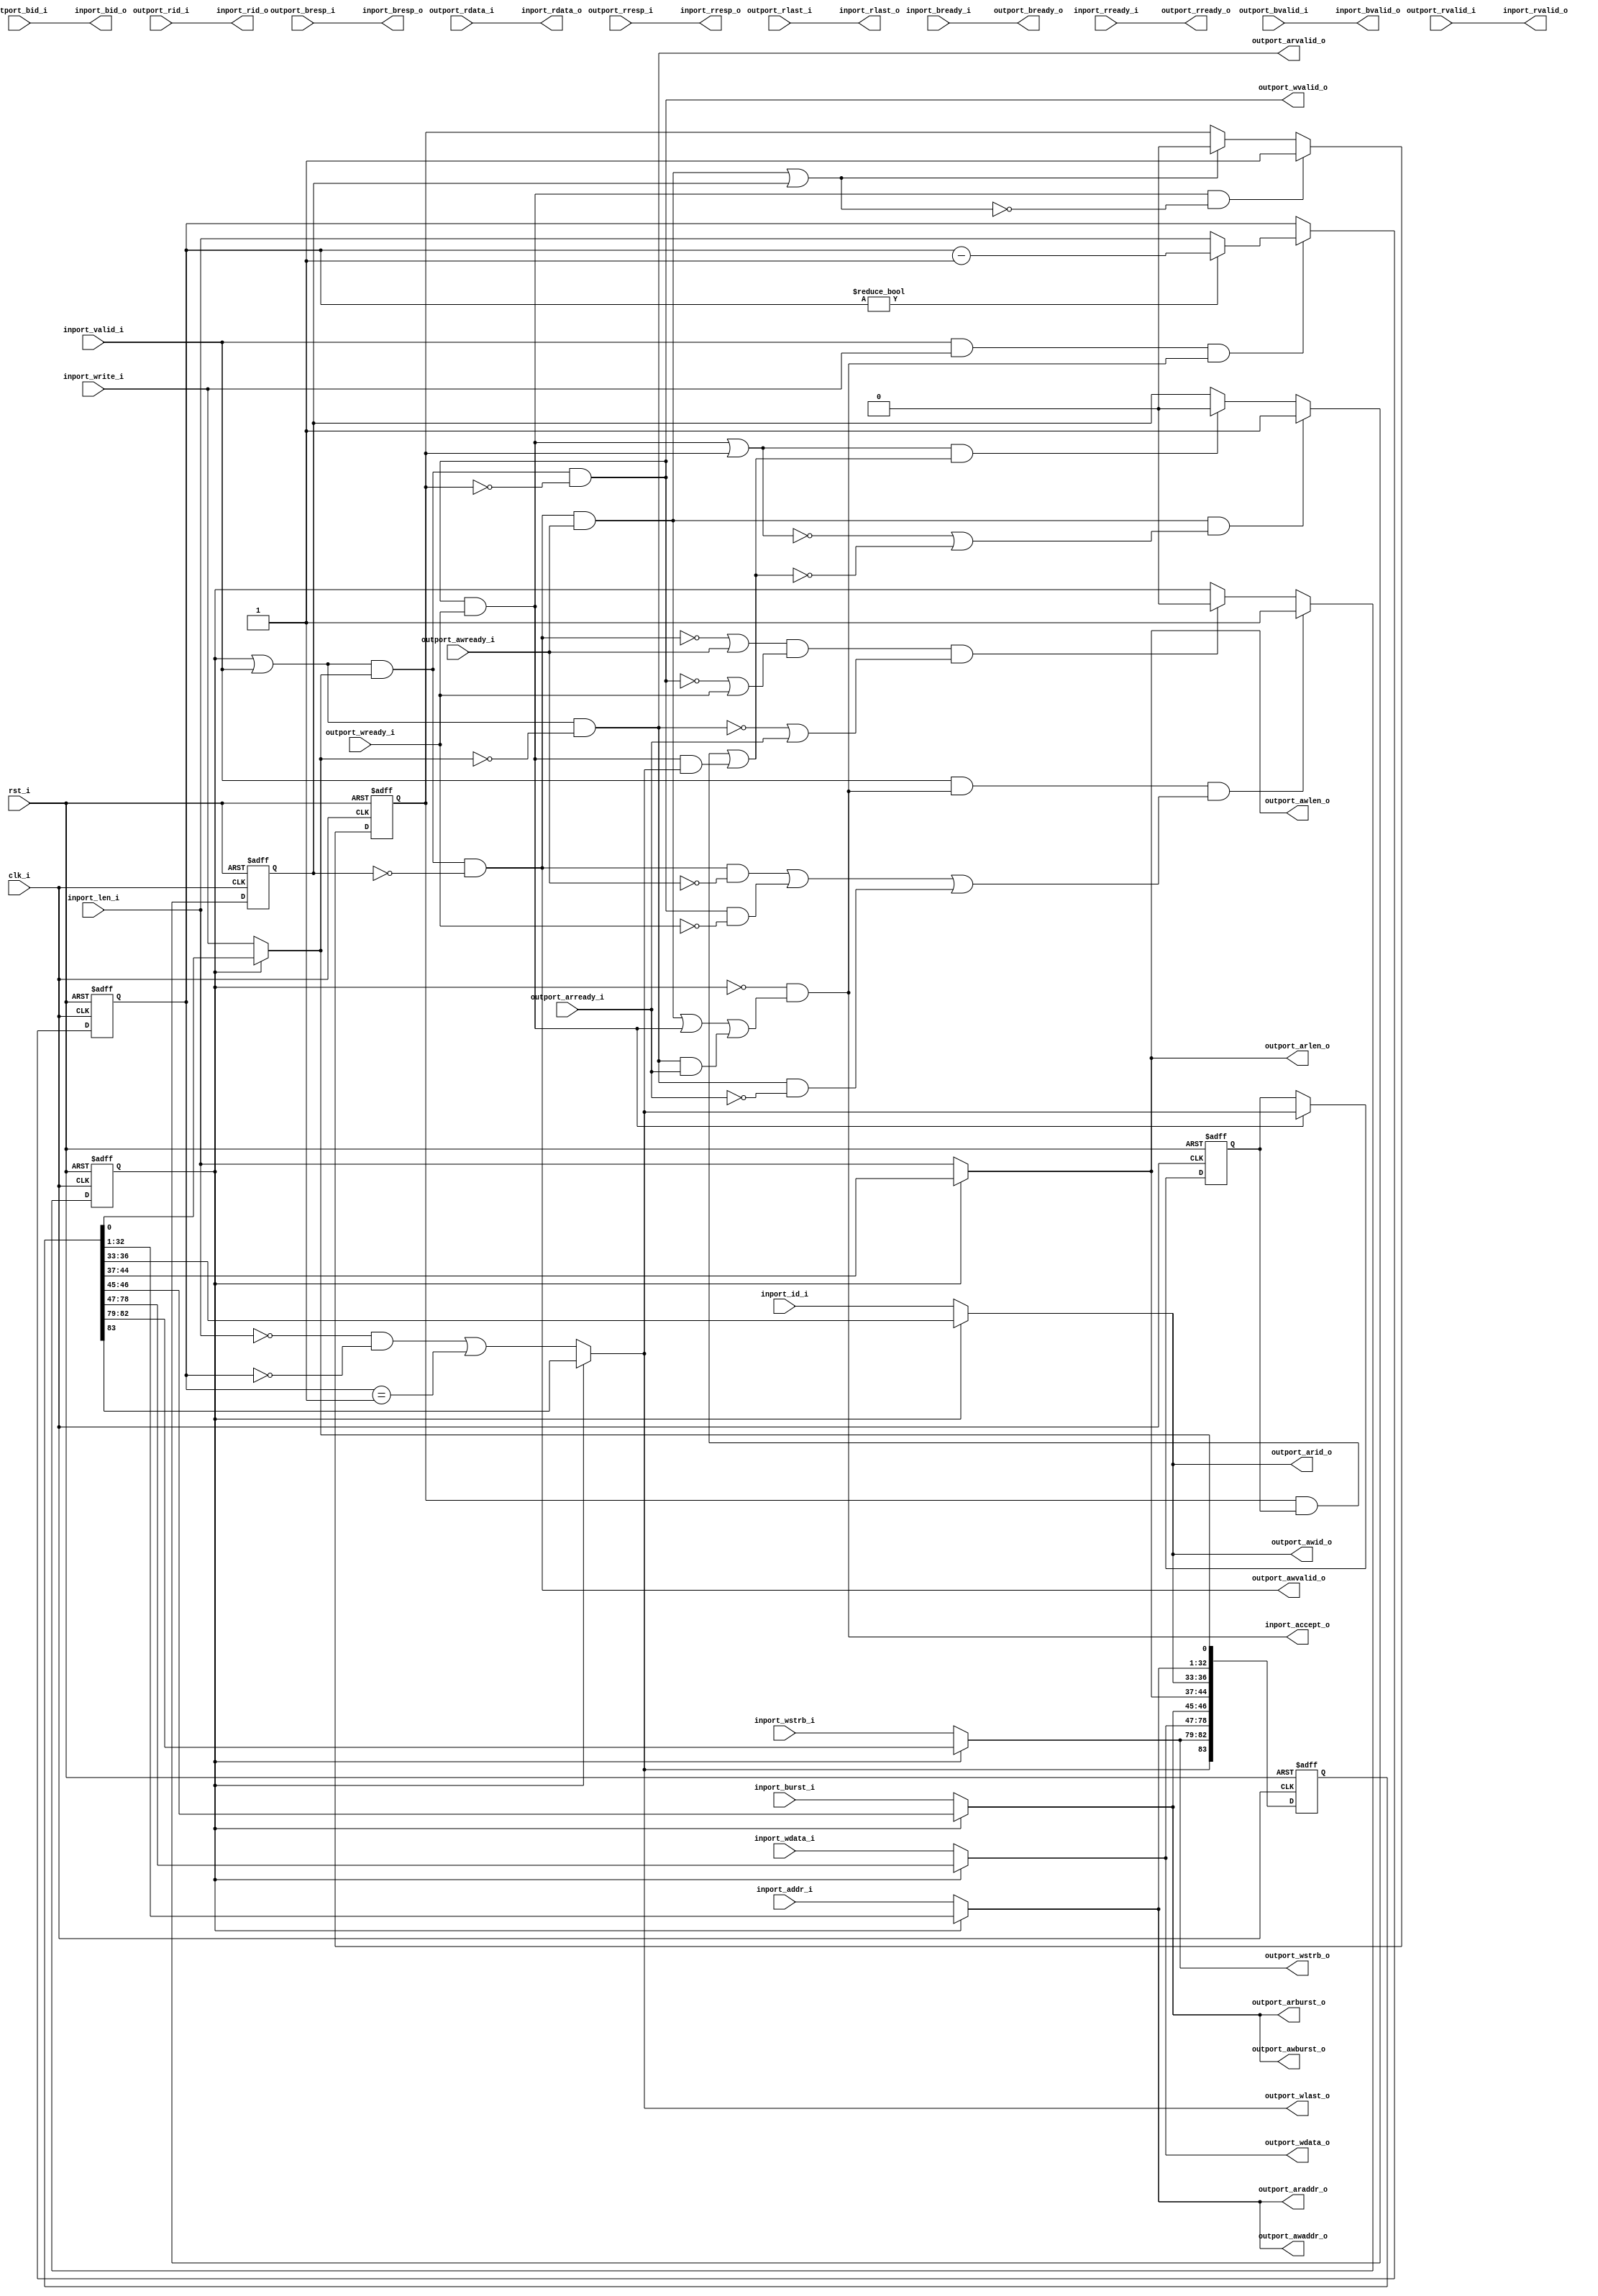
//-----------------------------------------------------------------
//                         RISC-V Top
//                            V0.6
//                     Ultra-Embedded.com
//                     Copyright 2014-2019
//
//                   admin@ultra-embedded.com
//
//                       License: BSD
//-----------------------------------------------------------------
//
// Copyright (c) 2014, Ultra-Embedded.com
// All rights reserved.
// 
// Redistribution and use in source and binary forms, with or without
// modification, are permitted provided that the following conditions 
// are met:
//   - Redistributions of source code must retain the above copyright
//     notice, this list of conditions and the following disclaimer.
//   - Redistributions in binary form must reproduce the above copyright
//     notice, this list of conditions and the following disclaimer 
//     in the documentation and/or other materials provided with the 
//     distribution.
//   - Neither the name of the author nor the names of its contributors 
//     may be used to endorse or promote products derived from this 
//     software without specific prior written permission.
// 
// THIS SOFTWARE IS PROVIDED BY THE COPYRIGHT HOLDERS AND CONTRIBUTORS 
// "AS IS" AND ANY EXPRESS OR IMPLIED WARRANTIES, INCLUDING, BUT NOT 
// LIMITED TO, THE IMPLIED WARRANTIES OF MERCHANTABILITY AND FITNESS FOR 
// A PARTICULAR PURPOSE ARE DISCLAIMED. IN NO EVENT SHALL THE AUTHOR BE 
// LIABLE FOR ANY DIRECT, INDIRECT, INCIDENTAL, SPECIAL, EXEMPLARY, OR 
// CONSEQUENTIAL DAMAGES (INCLUDING, BUT NOT LIMITED TO, PROCUREMENT OF 
// SUBSTITUTE GOODS OR SERVICES; LOSS OF USE, DATA, OR PROFITS; OR 
// BUSINESS INTERRUPTION) HOWEVER CAUSED AND ON ANY THEORY OF 
// LIABILITY, WHETHER IN CONTRACT, STRICT LIABILITY, OR TORT
// (INCLUDING NEGLIGENCE OR OTHERWISE) ARISING IN ANY WAY OUT OF 
// THE USE OF THIS SOFTWARE, EVEN IF ADVISED OF THE POSSIBILITY OF 
// SUCH DAMAGE.
//-----------------------------------------------------------------

//-----------------------------------------------------------------
//                          Generated File
//-----------------------------------------------------------------
module dcache_axi_axi
(
    // Inputs
     input           clk_i
    ,input           rst_i
    ,input           inport_valid_i
    ,input           inport_write_i
    ,input  [ 31:0]  inport_addr_i
    ,input  [  3:0]  inport_id_i
    ,input  [  7:0]  inport_len_i
    ,input  [  1:0]  inport_burst_i
    ,input  [ 31:0]  inport_wdata_i
    ,input  [  3:0]  inport_wstrb_i
    ,input           inport_bready_i
    ,input           inport_rready_i
    ,input           outport_awready_i
    ,input           outport_wready_i
    ,input           outport_bvalid_i
    ,input  [  1:0]  outport_bresp_i
    ,input  [  3:0]  outport_bid_i
    ,input           outport_arready_i
    ,input           outport_rvalid_i
    ,input  [ 31:0]  outport_rdata_i
    ,input  [  1:0]  outport_rresp_i
    ,input  [  3:0]  outport_rid_i
    ,input           outport_rlast_i

    // Outputs
    ,output          inport_accept_o
    ,output          inport_bvalid_o
    ,output [  1:0]  inport_bresp_o
    ,output [  3:0]  inport_bid_o
    ,output          inport_rvalid_o
    ,output [ 31:0]  inport_rdata_o
    ,output [  1:0]  inport_rresp_o
    ,output [  3:0]  inport_rid_o
    ,output          inport_rlast_o
    ,output          outport_awvalid_o
    ,output [ 31:0]  outport_awaddr_o
    ,output [  3:0]  outport_awid_o
    ,output [  7:0]  outport_awlen_o
    ,output [  1:0]  outport_awburst_o
    ,output          outport_wvalid_o
    ,output [ 31:0]  outport_wdata_o
    ,output [  3:0]  outport_wstrb_o
    ,output          outport_wlast_o
    ,output          outport_bready_o
    ,output          outport_arvalid_o
    ,output [ 31:0]  outport_araddr_o
    ,output [  3:0]  outport_arid_o
    ,output [  7:0]  outport_arlen_o
    ,output [  1:0]  outport_arburst_o
    ,output          outport_rready_o
);



//-------------------------------------------------------------
// Write burst tracking
//-------------------------------------------------------------
reg  [7:0] req_cnt_q;

always @ (posedge clk_i or posedge rst_i)
if (rst_i)
    req_cnt_q <= 8'b0;
else if (inport_valid_i && inport_write_i && inport_accept_o)
begin
    if (req_cnt_q != 8'b0)
        req_cnt_q <= req_cnt_q - 8'd1;
    else
        req_cnt_q <= inport_len_i;
end

//-------------------------------------------------------------
// Request skid buffer
//-------------------------------------------------------------
reg        valid_q;
reg [83:0] buf_q;

always @ (posedge clk_i or posedge rst_i)
if (rst_i)
    valid_q <= 1'b0;
else if (inport_valid_i && inport_accept_o && ((outport_awvalid_o && !outport_awready_i) || (outport_wvalid_o && !outport_wready_i) || (outport_arvalid_o && !outport_arready_i)))
    valid_q <= 1'b1;
else if ((!outport_awvalid_o || outport_awready_i) && (!outport_wvalid_o || outport_wready_i) && (!outport_arvalid_o || outport_arready_i))
    valid_q <= 1'b0;

wire          inport_valid_w = valid_q || inport_valid_i;
wire          inport_write_w = valid_q ? buf_q[0:0]   : inport_write_i;
wire [ 31:0]  inport_addr_w  = valid_q ? buf_q[32:1]  : inport_addr_i;
wire [  3:0]  inport_id_w    = valid_q ? buf_q[36:33] : inport_id_i;
wire [  7:0]  inport_len_w   = valid_q ? buf_q[44:37] : inport_len_i;
wire [  1:0]  inport_burst_w = valid_q ? buf_q[46:45] : inport_burst_i;
wire [ 31:0]  inport_wdata_w = valid_q ? buf_q[78:47] : inport_wdata_i;
wire [  3:0]  inport_wstrb_w = valid_q ? buf_q[82:79] : inport_wstrb_i;
wire          inport_wlast_w = valid_q ? buf_q[83:83] : (inport_len_i == 8'd0 && req_cnt_q == 8'd0) || (req_cnt_q == 8'd1);

always @ (posedge clk_i or posedge rst_i)
if (rst_i)
    buf_q <= 84'b0;
else
    buf_q <= {inport_wlast_w, inport_wstrb_w, inport_wdata_w, inport_burst_w, inport_len_w, inport_id_w, inport_addr_w, inport_write_w};

wire skid_busy_w = valid_q;

//-------------------------------------------------------------
// Write Request
//-------------------------------------------------------------
reg awvalid_q;
reg wvalid_q;
reg wlast_q;

wire wr_cmd_accepted_w  = (outport_awvalid_o && outport_awready_i) || awvalid_q;
wire wr_data_accepted_w = (outport_wvalid_o  && outport_wready_i)  || wvalid_q;
wire wr_data_last_w     = (wvalid_q & wlast_q) || (outport_wvalid_o && outport_wready_i && outport_wlast_o);

always @ (posedge clk_i or posedge rst_i)
if (rst_i)
    awvalid_q <= 1'b0;
else if (outport_awvalid_o && outport_awready_i && (!wr_data_accepted_w || !wr_data_last_w))
    awvalid_q <= 1'b1;
else if (wr_data_accepted_w && wr_data_last_w)
    awvalid_q <= 1'b0;

always @ (posedge clk_i or posedge rst_i)
if (rst_i)
    wvalid_q <= 1'b0;
else if (outport_wvalid_o && outport_wready_i && !wr_cmd_accepted_w)
    wvalid_q <= 1'b1;
else if (wr_cmd_accepted_w)
    wvalid_q <= 1'b0;

always @ (posedge clk_i or posedge rst_i)
if (rst_i)
    wlast_q <= 1'b0;
else if (outport_wvalid_o && outport_wready_i)
    wlast_q <= outport_wlast_o;

assign outport_awvalid_o = (inport_valid_w & inport_write_w & ~awvalid_q);
assign outport_awaddr_o  = inport_addr_w;
assign outport_awid_o    = inport_id_w;
assign outport_awlen_o   = inport_len_w;
assign outport_awburst_o = inport_burst_w;

assign outport_wvalid_o  = (inport_valid_w & inport_write_w & ~wvalid_q);
assign outport_wdata_o   = inport_wdata_w;
assign outport_wstrb_o   = inport_wstrb_w;
assign outport_wlast_o   = inport_wlast_w;

assign inport_bvalid_o   = outport_bvalid_i;
assign inport_bresp_o    = outport_bresp_i;
assign inport_bid_o      = outport_bid_i;
assign outport_bready_o  = inport_bready_i;

//-------------------------------------------------------------
// Read Request
//-------------------------------------------------------------
assign outport_arvalid_o = inport_valid_w & ~inport_write_w;
assign outport_araddr_o  = inport_addr_w;
assign outport_arid_o    = inport_id_w;
assign outport_arlen_o   = inport_len_w;
assign outport_arburst_o = inport_burst_w;
assign outport_rready_o  = inport_rready_i;

assign inport_rvalid_o   = outport_rvalid_i;
assign inport_rdata_o    = outport_rdata_i;
assign inport_rresp_o    = outport_rresp_i;
assign inport_rid_o      = outport_rid_i;
assign inport_rlast_o    = outport_rlast_i;

//-------------------------------------------------------------
// Accept logic
//-------------------------------------------------------------
assign inport_accept_o   = !skid_busy_w &&
                           ((outport_awvalid_o && outport_awready_i) || 
                            (outport_wvalid_o  && outport_wready_i)  ||
                            (outport_arvalid_o && outport_arready_i));


endmodule